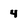
Character: 4